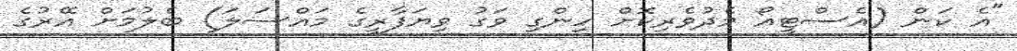
"އެ ކަން (އެސްޓީއޯ މެދުވެރިކޮށް ހިންގި ވަގު ވިޔަފާރީގެ މައްސަލަ) ބެލުމަށް އޭރުގެ